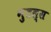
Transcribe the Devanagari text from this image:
नुडल्स